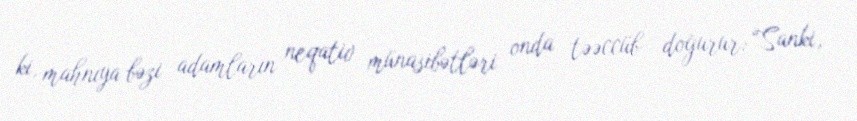
ki, mahnıya bəzi adamların neqativ münasibətləri onda təəccüb doğurur: “Sanki,